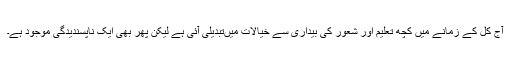
آج کل کے زمانے میں‌ کچھ تعلیم اور شعور کی بیداری سے خیالات میں‌تبدیلی آئی ہے لیکن پھر بھی ایک ناپسندیدگی موجود ہے۔